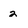
Character: 2